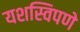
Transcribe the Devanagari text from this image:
यशस्विपणे